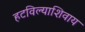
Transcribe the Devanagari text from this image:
हटविल्याशिवाय